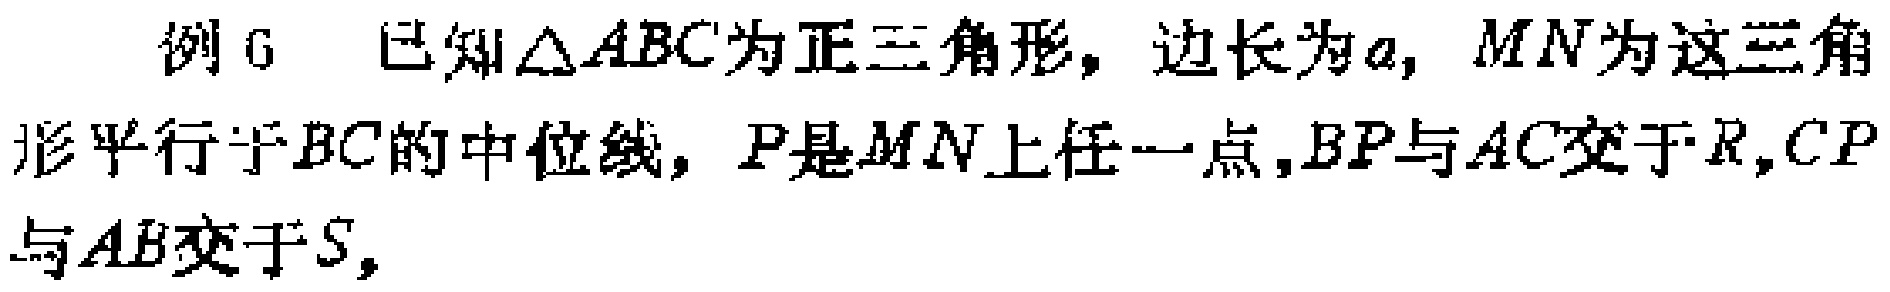
例6 已知$\triangle ABC$为正三角形，边长为$a$，$MN$为这三角形平行于$BC$的中位线，$P$是$MN$上任一点，$BP$与$AC$交于$R$，$CP$与$AB$交于$S$，